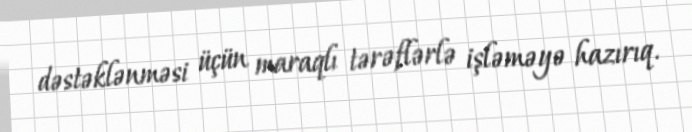
dəstəklənməsi üçün maraqlı tərəflərlə işləməyə hazırıq.